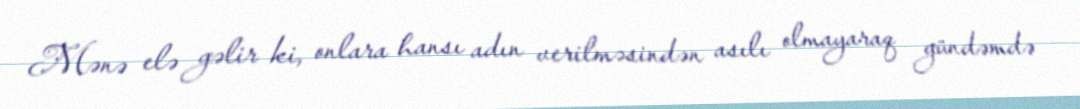
Mənə elə gəlir ki, onlara hansı adın verilməsindən asılı olmayaraq gündəmdə